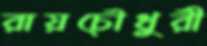
রায়চৌধুরী